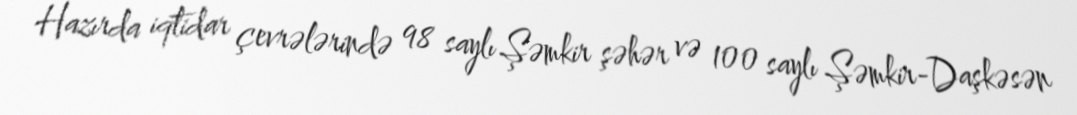
Hazırda iqtidar çevrələrində 98 saylı Şəmkir şəhər və 100 saylı Şəmkir-Daşkəsən